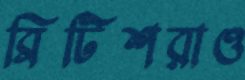
ব্রিটিশরাও